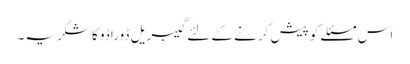
اس مسئلے کو پیش کرنے کے لئے گیبریل ڈوراڈو کا شکریہ۔